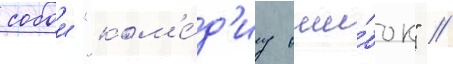
собои "ком'е́д'иу оши́бок" /